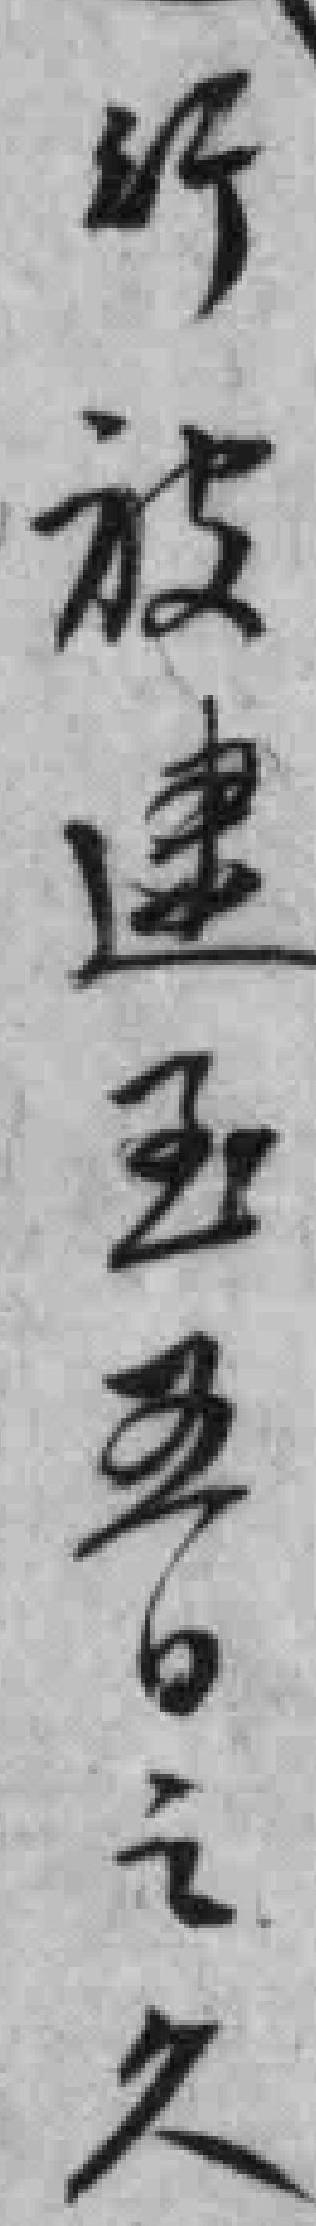
行被逮*五日之久